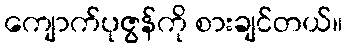
ကျောက်ပုဇွန်ကို စားချင်တယ်။